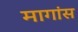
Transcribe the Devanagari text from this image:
मागांस